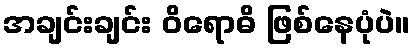
အချင်းချင်း ဝိရောဓိ ဖြစ်နေပုံပဲ။